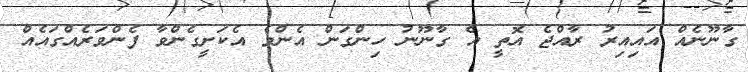
ގާނޫނެއް އައިއިރު ރާއްޖެ އޮތީ އެ ގާނޫނު ހިންގަން އެންމެ އެކަށީގެންވާ ފެންވަރެއްގައެއް